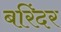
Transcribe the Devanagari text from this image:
बरिंदर